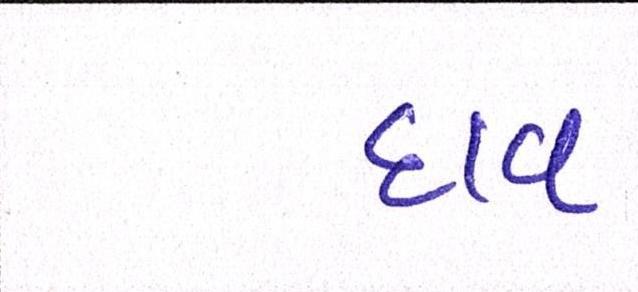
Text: દાવ